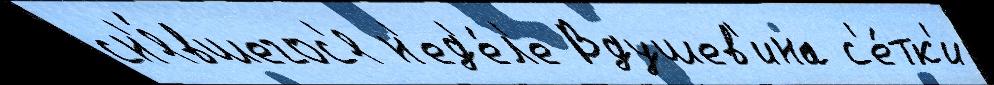
сн'я́вшегос'я н'ед'е́л'е Вдушев'ина с'е́тк'и